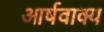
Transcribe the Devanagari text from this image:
आर्षवाक्य